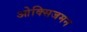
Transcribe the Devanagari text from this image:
ओक्सिजमन